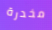
مخدرة